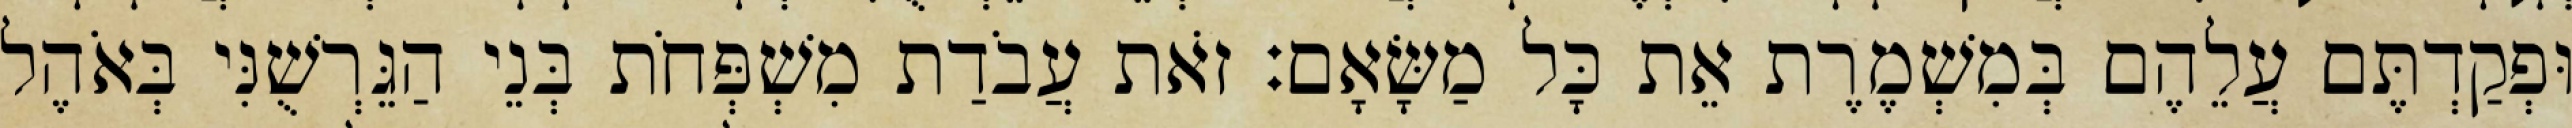
וּפְקַדְתֶּם עֲלֵהֶם בְּמִשְׁמֶרֶת אֵת כָּל מַשָּׂאָם׃ זֹאת עֲבֹדַת מִשְׁפְּחֹת בְּנֵי הַגֵּרְשֻׁנִּי בְּאֹהֶל